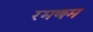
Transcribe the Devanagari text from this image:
रमणम